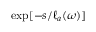
\exp [ - s / \ell _ { a } ( \omega ) ]